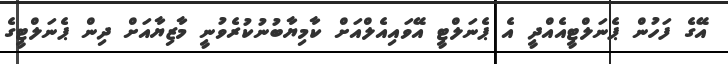
އޭގެ ފަހުން ޕެނަލްޓީއެއްދީ އެ ޕެނަލްޓީ އޭވައިއެލްއަށް ކާމިޔާބުނުކުރެވުނީ މާޒިޔާއަށް ދިން ޕެނަލްޓީގެ